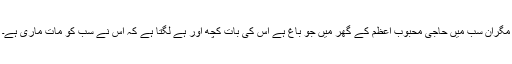
مگران سب میں حاجی محبوب اعظم کے گھر میں جو باغ ہے اس کی بات کچھ اور ہے لگتا ہے کہ اس نے سب کو مات ماری ہے۔